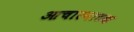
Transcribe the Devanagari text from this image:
आचारनाटक